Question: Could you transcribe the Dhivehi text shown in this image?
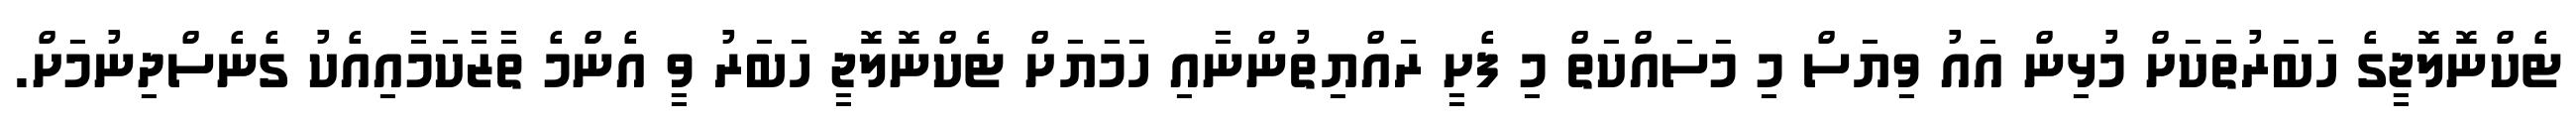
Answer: ޓެކްނޮލޮޖީގެ ހަބަރުތަކަށް މުޅިން އައު ވިޔަސް މި މަސައްކަތް މި ފެށީ ރައްޔިތުންނާއި ހަމަަޔަށް ޓެކްނޮލޮޖީ ހަބަރު ވީ އެންމެ ތާޒާކަމާއިއެކު ގެނެސްދިނުމަށް.